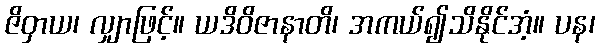
ဇိဝှာယ၊ လျှာဖြင့်။ ယဒိဝိဇာနာတိ၊ အကယ်၍သိနိုင်အံ့။ ပန၊